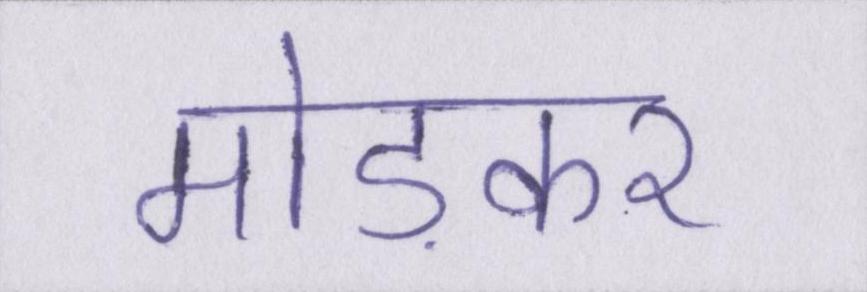
मोड़कर